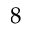
8